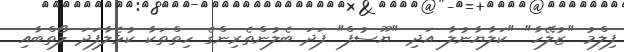
ފިލްމު "ޒުލޭހާ" "ކަލާޔާނުލާ އަދި "ޔޫސުފް" ފަދަ ބެލުންތެރިންގެ ހިތްތަކާ ކުޅެލާފަދަ ލޯތްބާއި